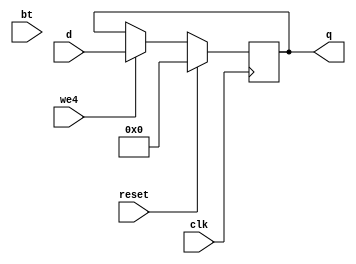
`timescale 1ns / 1ps
module BtDev(
	input wire clk,reset, we4,bt,
	input wire [31:0]d,
	output reg [31:0]q
);
	always@(posedge clk) begin 
		if(reset) begin
			q<=32'd0;
		end else begin 
			if(we4) begin
				q<=d;				
			end 
		end
	end
endmodule